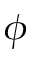
\phi